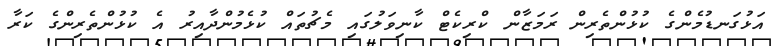
އަޅުގަނޑުމެންގެ ކުޅުންތެރިން ރަމަޒާން ކްރިކެޓް ކާނިވަލުގައި މެޗުތައް ކުޅެމުންދާއިރު އެ ކުޅުންތެރިންގެ ކަރާ